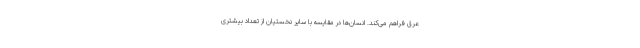
عرق فراهم می‌کند. انسان‌ها در مقایسه با سایر نخستیان از تعداد بیشتری